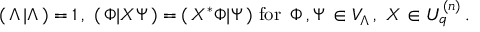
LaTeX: ( \, \Lambda \, \vert \Lambda \, ) = 1 \, , \, \, ( \, \Phi \vert X \Psi \, ) = ( \, X ^ { * } \Phi \vert \Psi \, ) \, \, \mathrm { f o r } \, \, \, \Phi \, , \Psi \, \in { \cal V } _ { \Lambda } \, , \, \, X \in U _ { q } ^ { ( n ) } \, .